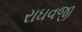
રાઘવજી